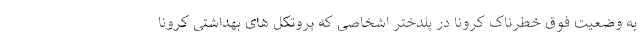
به وضعیت فوق خطرناک کرونا در پلدختر اشخاصی که پروتکل های بهداشتی کرونا